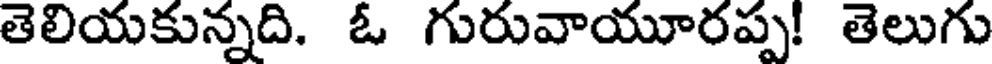
తెలియకున్నది. ఓ గురువాయూరప్ప! తెలుగు